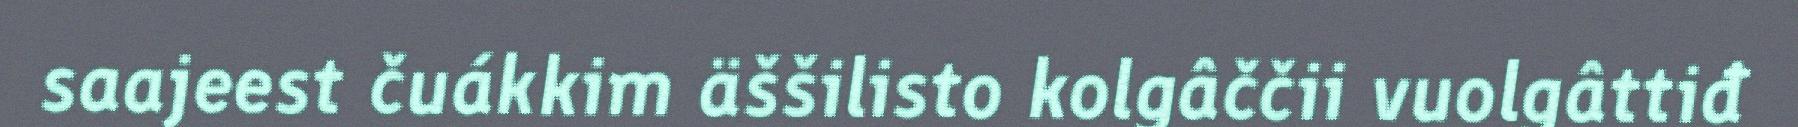
saajeest čuákkim äššilisto kolgâččii vuolgâttiđ